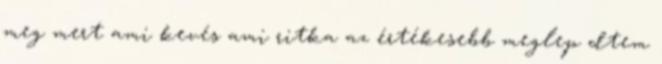
meg mert ami kevés ami ritka az értékesebb meglep�dtem